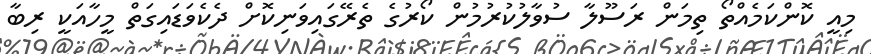
މިއީ ކޮންކަމެއްތޯ ތިމަން ރަސޫލާ ސުވާލުކުރުމުން ކޯރުގެ ތެރޭގައިވަނިކޮށް ދެކެވަޑައިގަތް މީހާއަކީ ރިބާ